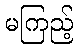
မကြည့်